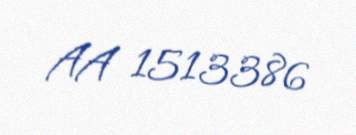
AA 1513386